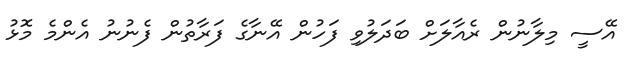
އޭސީ މިލާނުން ރެއާލަށް ބަދަލުވި ފަހުން އޭނާގެ ފަރާތުން ފެނުނު އެންމެ މޮޅު